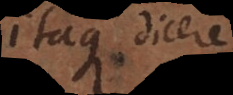
Itaque dicere